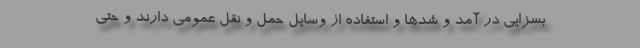
بسزایی در آمد و شدها و استفاده از وسایل حمل و نقل عمومی دارند و حتی